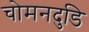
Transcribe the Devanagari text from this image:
चोमनदुडि